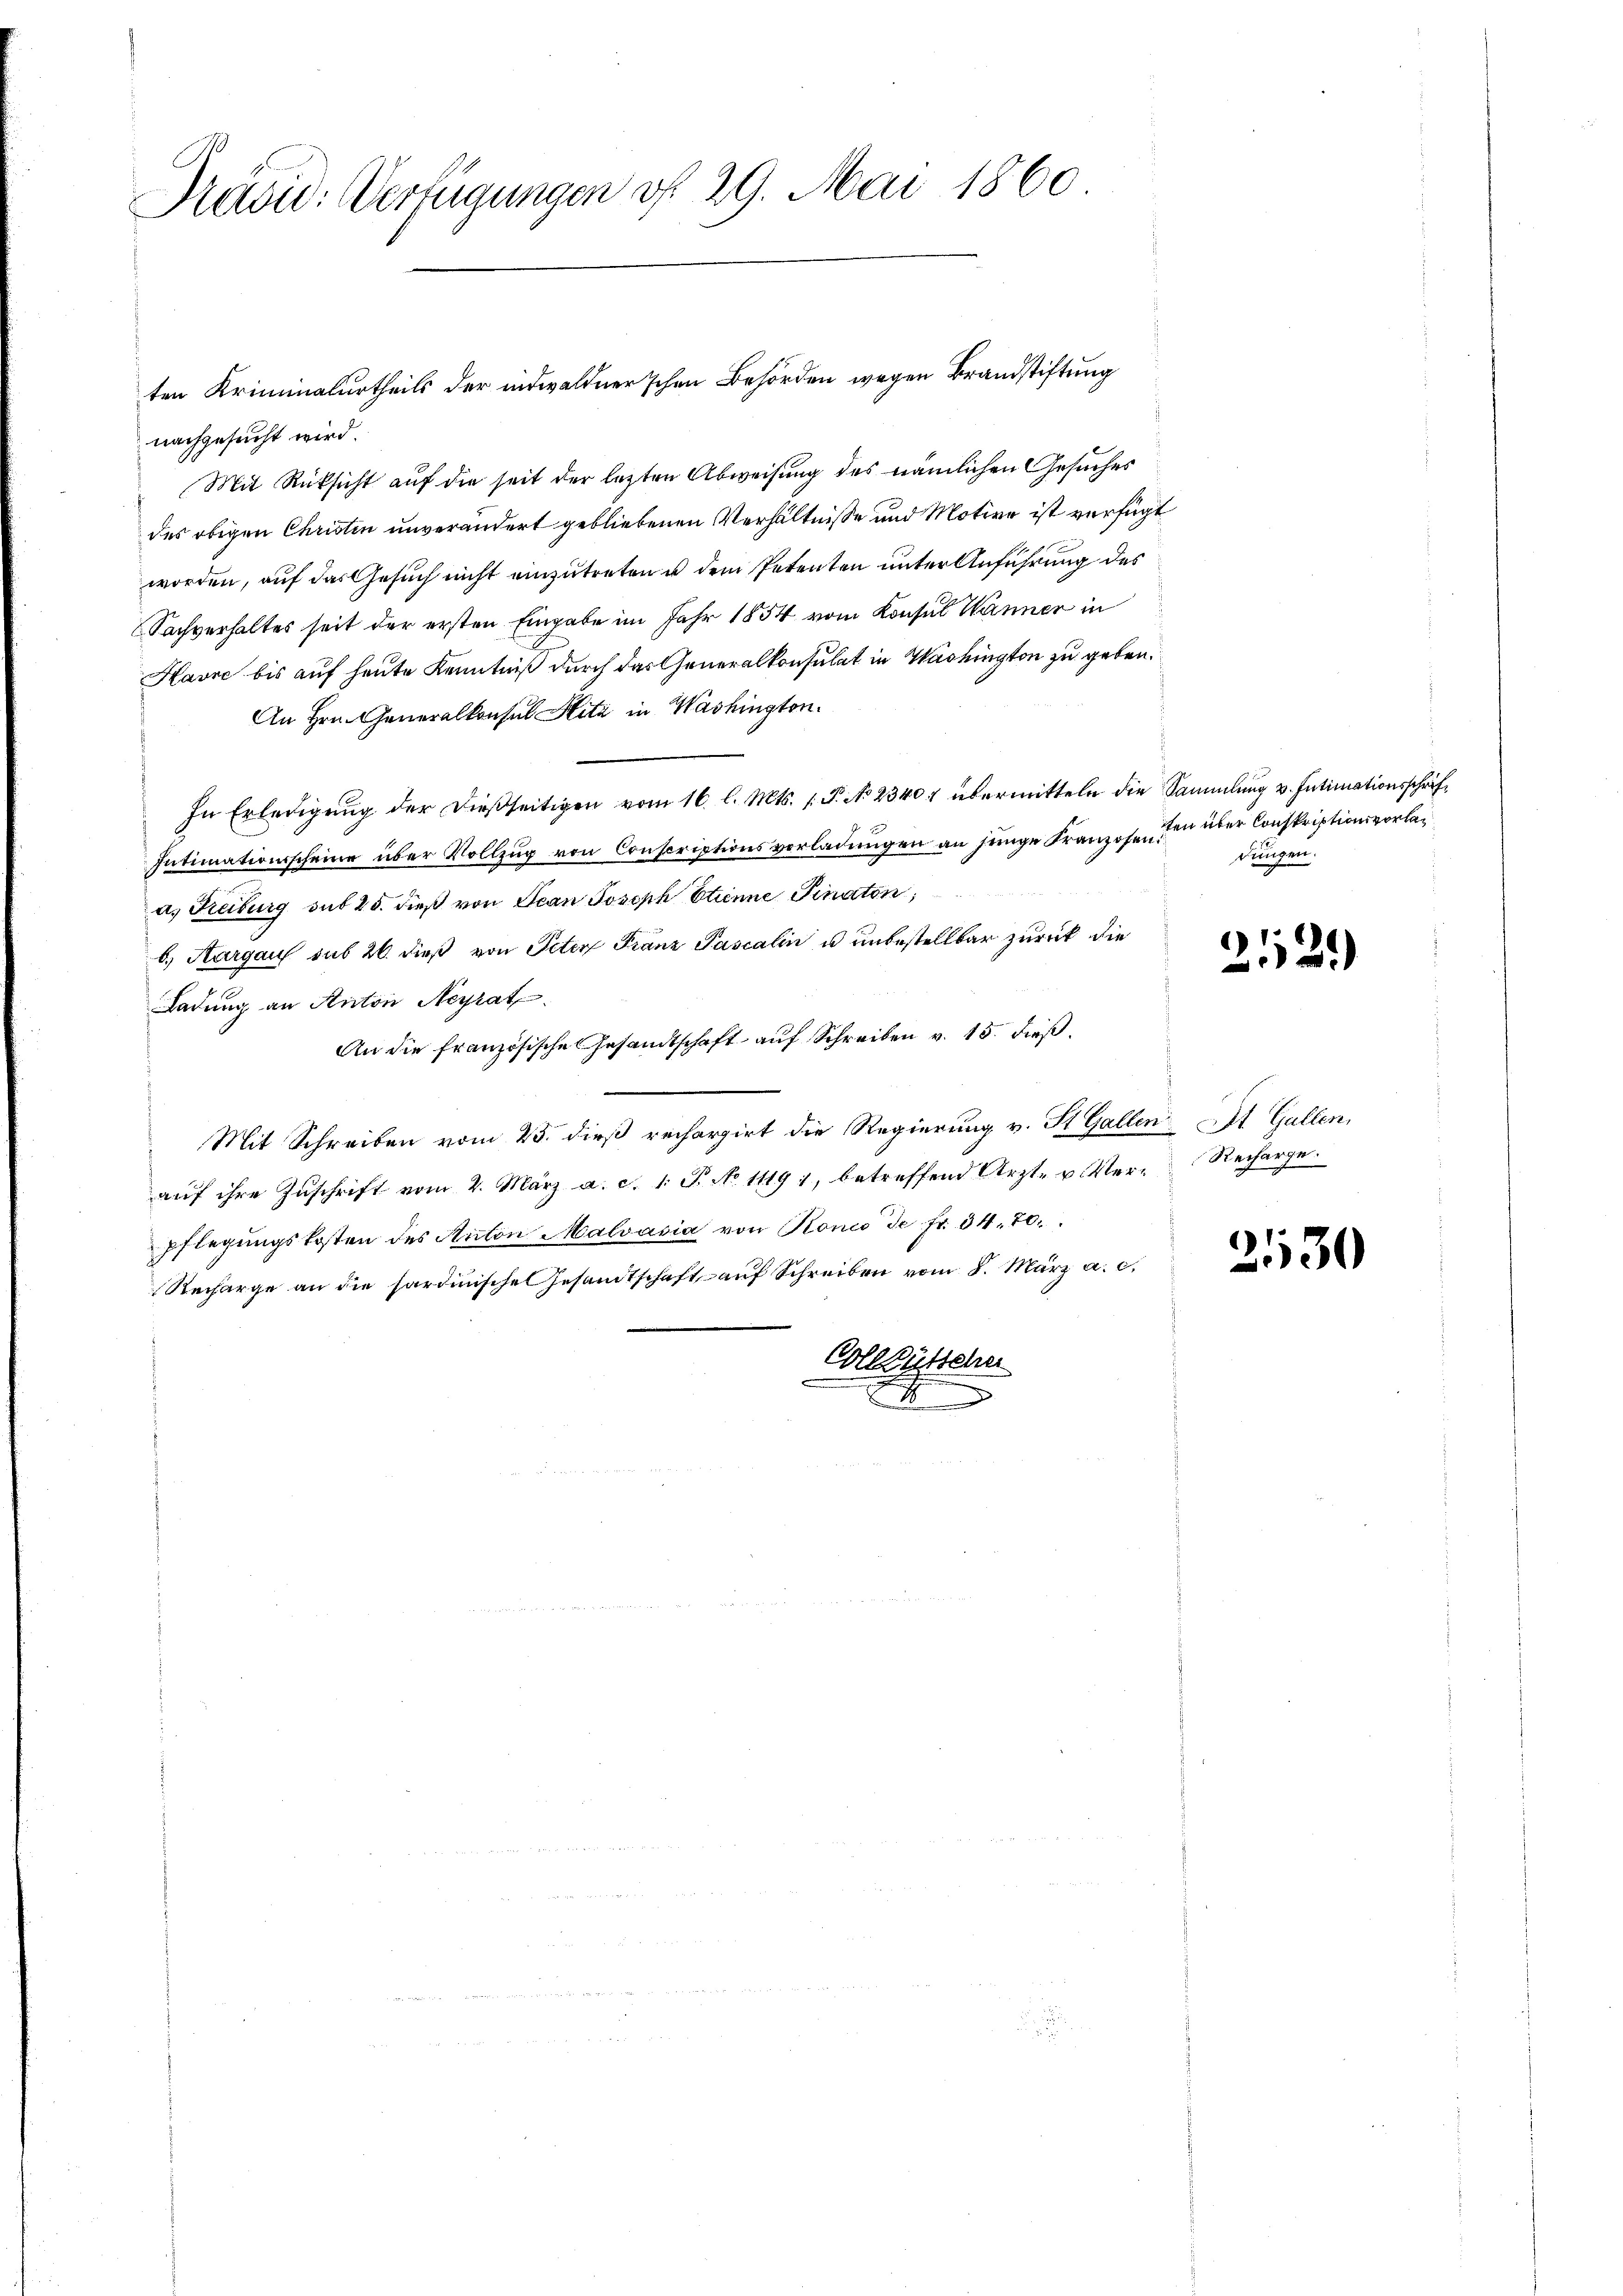
Präsid. Verfügungen d. 29. Mai 1860

nachgesucht wird.
Mit Rücksicht auf die seit der letzten Abweisung des nämlichen Gesuches
des obigen Christen unverändert gebliebenen Verhältnisse und Motive ist verfügt
worden, auf das Gesuch nicht einzutreten u dem Petenten unter Anführung des
Sachverhaltes seit der ersten Eingabe im Jahr 1854 vom Konsul Wänner in
Havre bis auf heute Kenntniß durch das Generalkonsulat in Washington zu geben.
An Hrn. Generalkonsul Sita in Washington.
In Erledigŭng der dießseitigen vom 16. l. Mts. 1. P. No 2340 übermitteln die Sammlung v. Intimationsschrif¬
Intimationsscheine über Vollzug von Conscriptionsverladungen an junge Franzosen den der Conskriptionsvorlaa. Freiburg sub 25. dieß von Jean Joseph Etienne Pinaton;
b) Aargau sub 20. dieß von Peter Franz Pascalin u. unbestellbar zurück die
Ladung an Anton Neyrat
An die französische Gesandtschaft aŭf Schreiben v. 15. dieβ.
Mit Schreiben vom 25. dieß rechargirt die Regierung v. St. Gallen St. Gallen,
aŭf ihre Zuschrift vom 2. März a. c. 1. P. No 11191, betreffend Arzt- u. Ver- Recharge.
pflegŭngskosten des Anton Malvasia von Ronc de fr. 34. 70.
Recharge an die sardinische Gesandtschaft auf Schreiben vom 8. März a. c.
Vollzustehe

ten Kriminalurtheils der indwaldner’schen Behörden wegen Brandstiftung

dungen.

2112)

2530